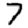
Digit: 7